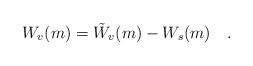
LaTeX: \begin{align*}W_v(m)=\tilde{W}_v(m)-W_s(m)~~~.\end{align*}